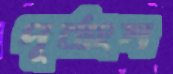
পূর্বাংশ